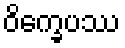
ဝိက္ခေပဿ